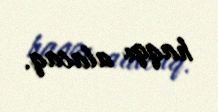
haqqı alacaq.